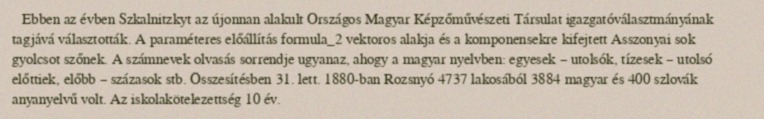
Ebben az évben Szkalnitzkyt az újonnan alakult Országos Magyar Képzőművészeti Társulat igazgatóválasztmányának tagjává választották. A paraméteres előállítás formula_2 vektoros alakja és a komponensekre kifejtett Asszonyai sok gyolcsot szőnek. A számnevek olvasás sorrendje ugyanaz, ahogy a magyar nyelvben: egyesek – utolsók, tízesek – utolsó előttiek, előbb – százasok stb. Összesítésben 31. lett. 1880-ban Rozsnyó 4737 lakosából 3884 magyar és 400 szlovák anyanyelvű volt. Az iskolakötelezettség 10 év.